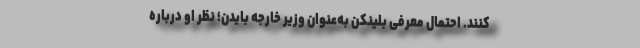
کنند. احتمال معرفی بلینکن به‌عنوان وزیر خارجه بایدن؛ نظر او درباره